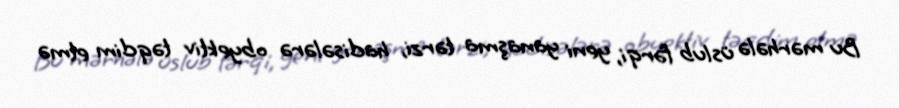
Bu mərhələ üslub fərqi, yeni yanaşma tərzi, hadisələrə obyektiv təqdim etmə